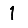
Digit: 1